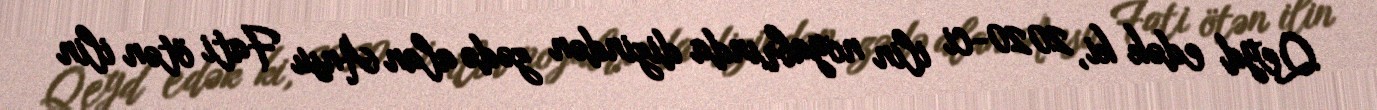
Qeyd edək ki, 2020-ci ilin noyabrında dizindən zədə alan Ansu Fati ötən ilin